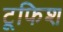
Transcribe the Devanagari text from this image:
टूफिश